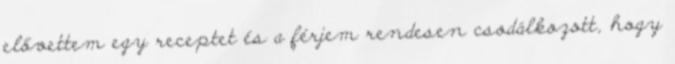
elővettem egy receptet és a férjem rendesen csodálkozott, hogy